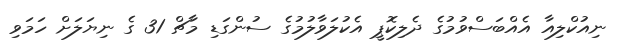
ނިއުކްލިއާ އެއްބަސްވުމުގެ ދެލިކޮޕީ އެކުލަވާލުުމުގެ ސުންގަޑި މާޗް 31 ގެ ނިޔަަލަށް ހަމަވި